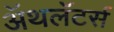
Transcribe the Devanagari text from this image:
ॲथलॅटर्स